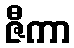
ဇီကာ